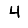
Digit: 4